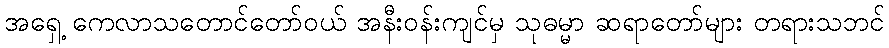
အရှေ့ ကေလာသတောင်တော်ဝယ် အနီးဝန်းကျင်မှ သုဓမ္မာ ဆရာတော်များ တရားသဘင်